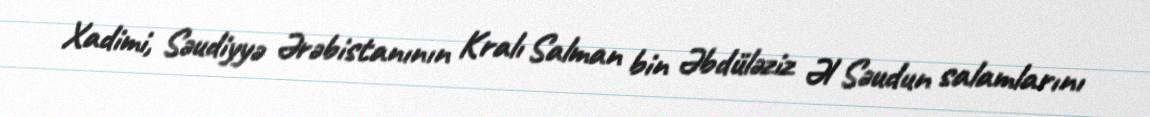
Xadimi, Səudiyyə Ərəbistanının Kralı Salman bin Əbdüləziz Əl Səudun salamlarını